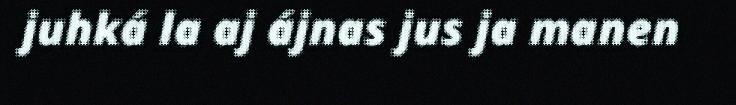
juhká la aj ájnas jus ja manen